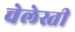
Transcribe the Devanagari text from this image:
चेलेस्ती